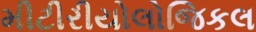
મીટીરીયોલોજિકલ